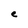
Character: e